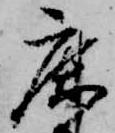
鹿